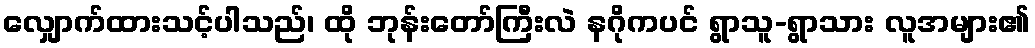
လျှောက်ထားသင့်ပါသည်၊ ထို ဘုန်းတော်ကြီးလဲ နဂိုကပင် ရွာသူ-ရွာသား လူအများ၏